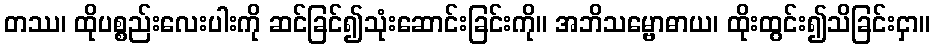
တဿ၊ ထိုပစ္စည်းလေးပါးကို ဆင်ခြင်၍သုံးဆောင်းခြင်းကို။ အဘိသမ္ဗောဓာယ၊ ထိုးထွင်း၍သိခြင်းငှာ။